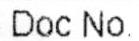
DOC NO.